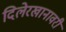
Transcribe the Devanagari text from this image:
दिलेरखानावरी